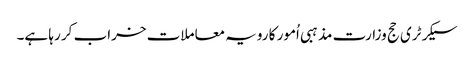
سیکرٹری حج وزارت مذہبی اُمور کا رویہ معاملات خراب کر رہا ہے۔